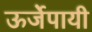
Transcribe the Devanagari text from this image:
ऊर्जेपायी